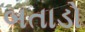
બતાડો